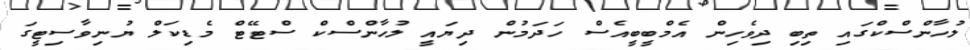
ލުހާންސްކްގައި ތިބި ދިވެހިން އެމްބީބީއެސް ހަދަމުން ދިޔައީ ލުހާންސްކް ސްޓޭޓް މެޑިކަލް ޔުނިވާސިޓީގަ